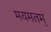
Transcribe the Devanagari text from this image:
मयमतम्